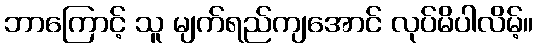
ဘာကြောင့် သူ မျက်ရည်ကျအောင် လုပ်မိပါလိမ့်။